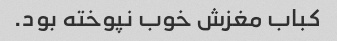
کباب مغزش خوب نپوخته بود.